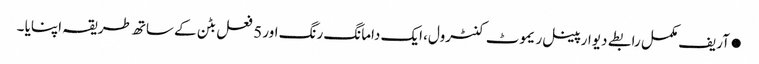
●آریف مکمل رابطے دیوار پینل ریموٹ کنٹرول، ایک دامانگ رنگ اور 5 فعل بٹن کے ساتھ طریقہ اپنایا ۔